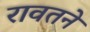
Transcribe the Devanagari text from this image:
रावतने